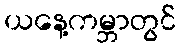
ယနေ့ကမ္ဘာတွင်